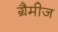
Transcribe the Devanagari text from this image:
ग्रैमीज